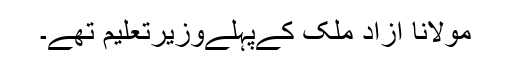
مولانا آزاد ملک کےپہلےوزیرتعلیم تھے۔